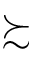
\succsim